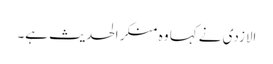
الازدی نے کہا وہ منکر الحدیث ہے۔